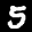
Label: 5